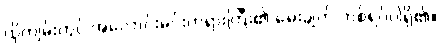
ထိုကျမ်းတွင် အလောင်းမင်းတရားကြီး၏ မေးချက် တစ်ရပ်ပါရှိ၏။